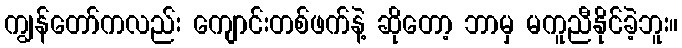
ကျွန်တော်ကလည်း ကျောင်းတစ်ဖက်နဲ့ ဆိုတော့ ဘာမှ မကူညီနိုင်ခဲ့ဘူး။